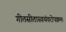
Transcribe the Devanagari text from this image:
गीतसीतास्वयंवरोपक्रमः